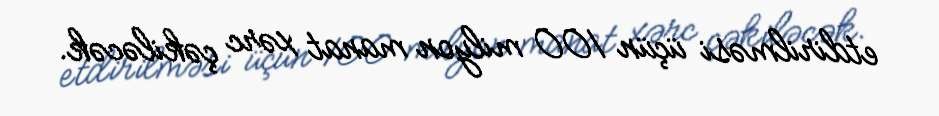
etdirilməsi üçün 100 milyon manat xərc çəkiləcək.